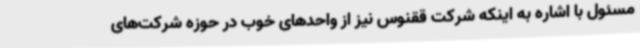
مسئول با اشاره به اینکه شرکت ققنوس نیز از واحدهای خوب در حوزه شرکت‌های